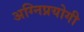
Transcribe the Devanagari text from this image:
अग्निप्रयोगी